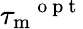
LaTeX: {\tau_{\mathrm{m}}}^{\mathrm{~o~p~t~}}